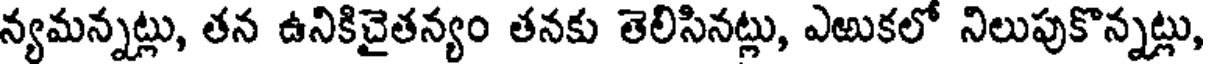
న్యమన్నట్లు, తన ఉనికిచైతన్యం తనకు తెలిసినట్లు, ఎఱుకలో నిలుపుకొన్నట్లు,